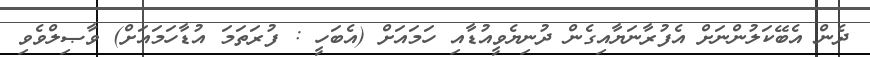
ދެން އެބޭކަލުންނަށް އެފުރާނަޔާއިގެން ދުނިޔެވީއުޑާއި ހަމައަށް (އެބަހީ : ފުރަތަމަ އުޑާހަމައަށް) ވާޞިލްވެވި